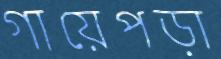
গায়েপড়া